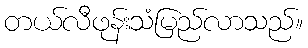
တယ်လီဖုန်းသံမြည်လာသည်။